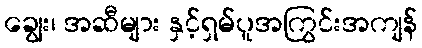
ချွေး၊ အဆီများ နှင့်ရှမ်ပူအကြွင်းအကျန်